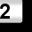
Digit: 2